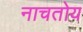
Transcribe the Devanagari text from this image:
नाचतोय